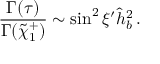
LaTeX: \frac { \Gamma ( \tau ) } { \Gamma ( \tilde { \chi } _ { 1 } ^ { + } ) } \sim \sin ^ { 2 } \xi ^ { \prime } \hat { h } _ { b } ^ { 2 } \, .